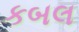
કબલ